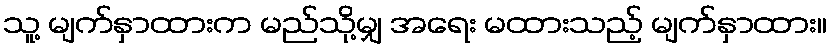
သူ့ မျက်နှာထားက မည်သို့မျှ အရေး မထားသည့် မျက်နှာထား။